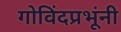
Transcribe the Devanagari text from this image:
गोविंदप्रभूंनी